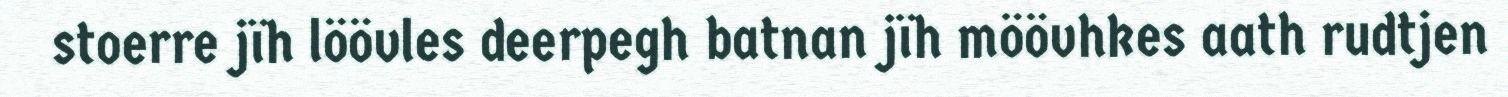
stoerre jïh löövles deerpegh batnan jïh möövhkes aath rudtjen